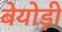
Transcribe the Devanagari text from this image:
बेयोड़ी